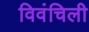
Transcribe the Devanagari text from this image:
विवंचिली